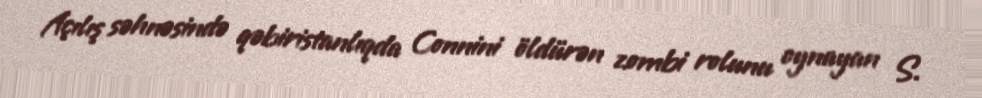
Açılış səhnəsində qəbiristanlıqda Connini öldürən zombi rolunu oynayan S.